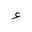
Letter: _hamza